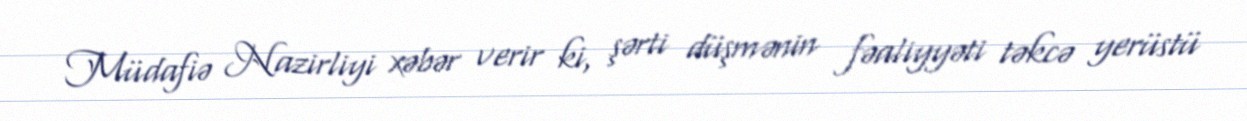
Müdafiə Nazirliyi xəbər verir ki, şərti düşmənin fəaliyyəti təkcə yerüstü